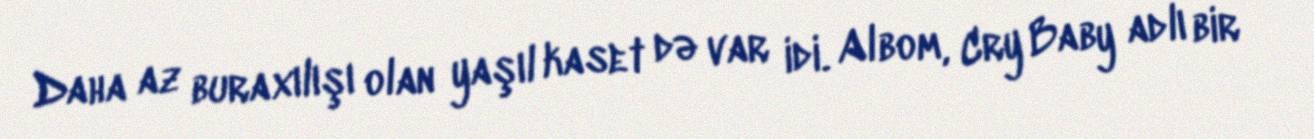
Daha az buraxılışı olan yaşıl kaset də var idi. Albom, Cry Baby adlı bir